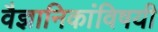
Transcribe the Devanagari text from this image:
वैज्ञानिकांविषयी